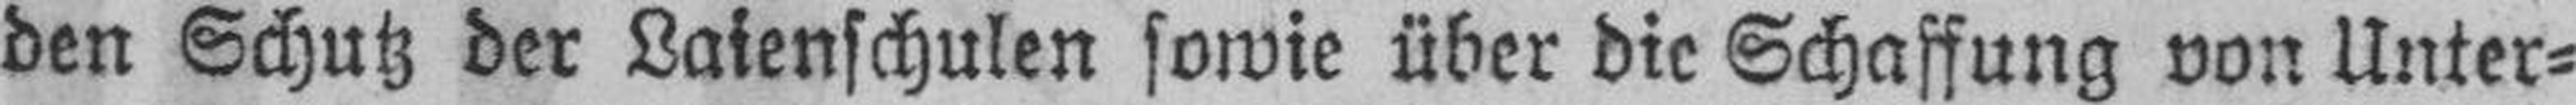
den Schutz der Laienschulen sowie über die Schaffung von Unter¬